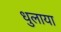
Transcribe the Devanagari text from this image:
धुलाया